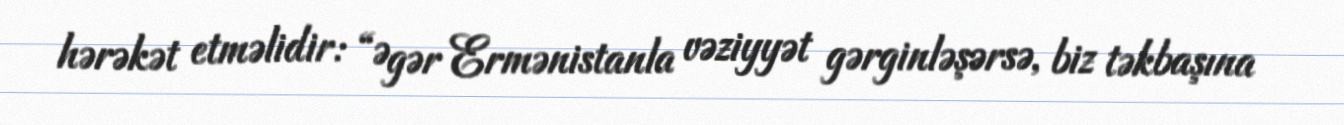
hərəkət etməlidir: “Əgər Ermənistanla vəziyyət gərginləşərsə, biz təkbaşına